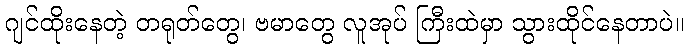
ဂျင်ထိုးနေတဲ့ တရုတ်တွေ၊ ဗမာတွေ လူအုပ် ကြီးထဲမှာ သွားထိုင်နေတာပဲ။